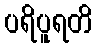
ပရိပူရတိ